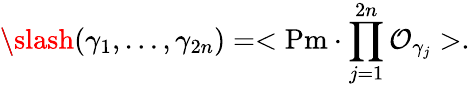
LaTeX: \backslash\! \! \! \slash(\gamma_{1},\ldots,\gamma_{2n})=<\mathrm{Pm}\cdot\prod_{j=1}^{2n}{\cal O}_{\gamma_{j}}>.